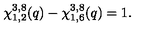
\chi _ { 1 , 2 } ^ { 3 , 8 } ( q ) - \chi _ { 1 , 6 } ^ { 3 , 8 } ( q ) = 1 .